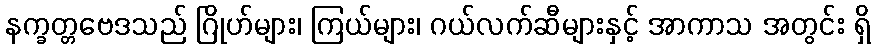
နက္ခတ္တဗေဒသည် ဂြိုဟ်များ၊ ကြယ်များ၊ ဂယ်လက်ဆီများနှင့် အာကာသ အတွင်း ရှိ